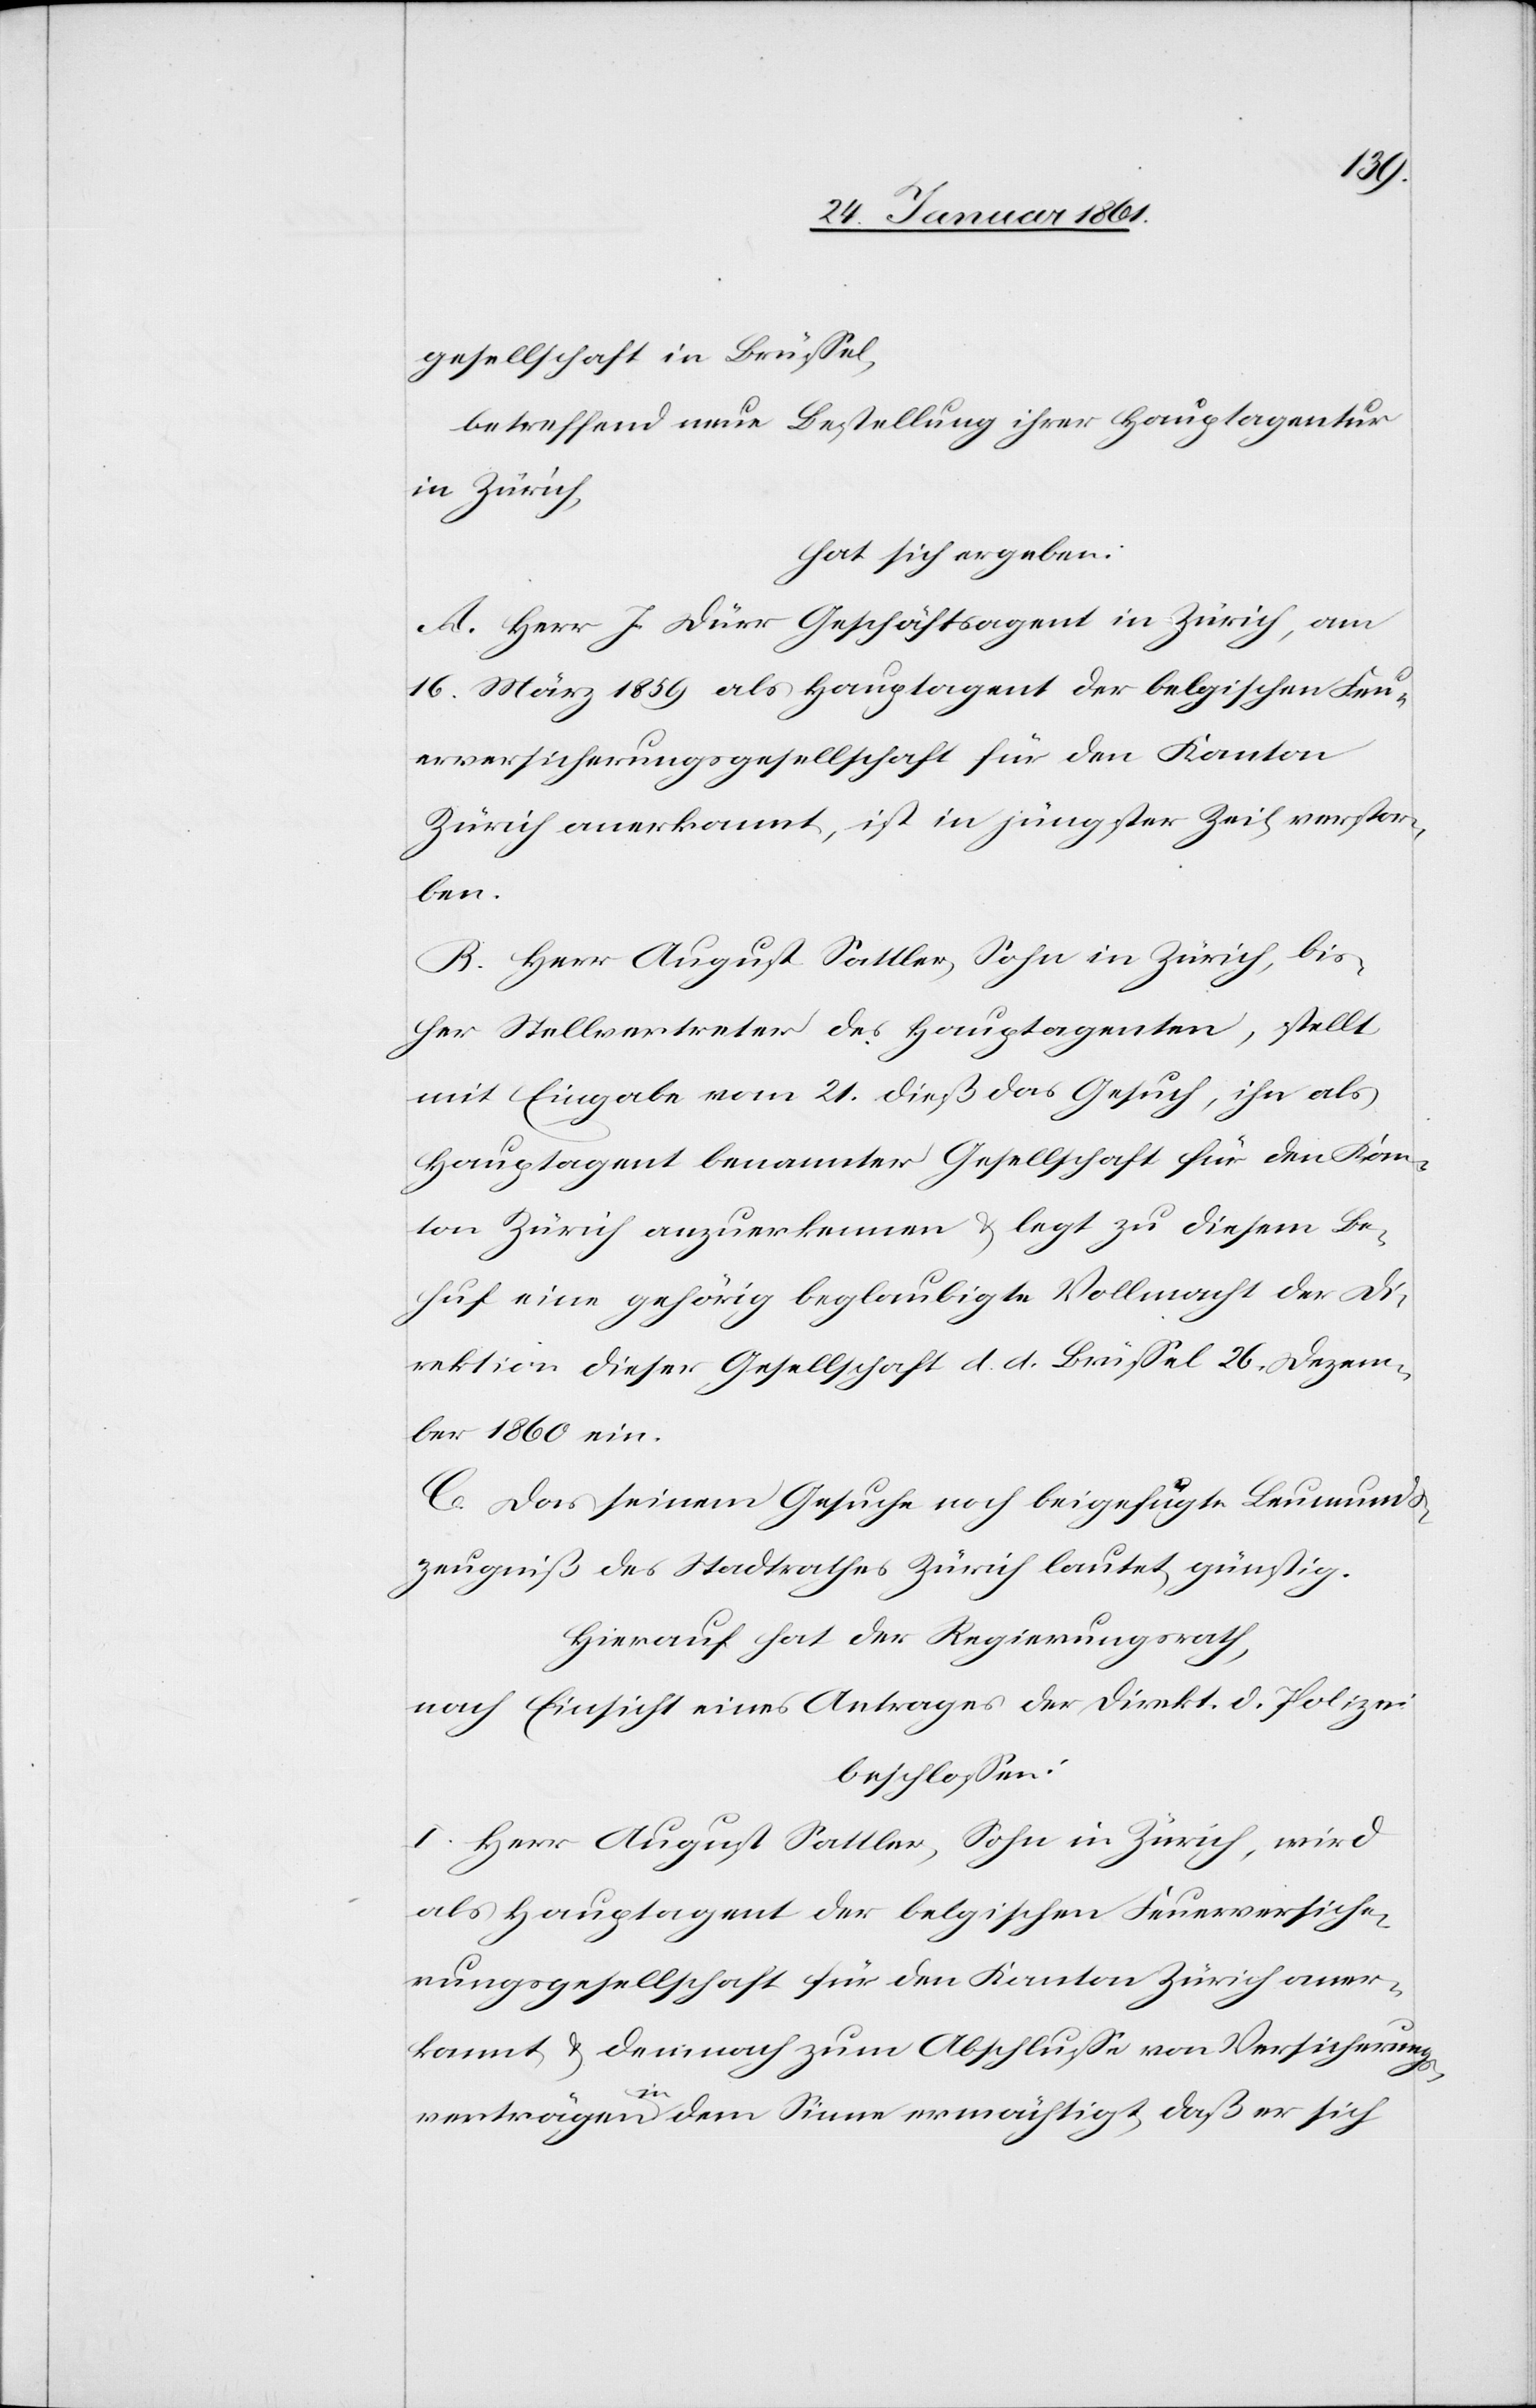
gesellschaft in Brüssel,
betreffend neue Bestellung ihrer Hauptagentur
in Zürich,
hat sich ergeben:
A. Herr J. Dürr Geschäftsagent in Zürich, am
16. März 1859 als Hauptagent der belgischen Feu¬
erversicherungsgesellschaft für den Kanton
Zürich anerkannt, ist in jüngster Zeit verstor¬
ben.
B. Herr August Sattler, Sohn in Zürich, bis¬
her Stellvertreter des Hauptagenten, stellt
mit Eingabe vom 21. dieß das Gesuch, ihn als
Hauptagent benannter Gesellschaft für den Kan¬
ton Zürich anzuerkennen u. legt zu diesem Be¬
huf eine gehörig beglaubigte Vollmacht der Di¬
rektion dieser Gesellschaft d. d. Brüssel 26. Dezem¬
ber 1860 ein.
C. Das seinem Gesuche noch beigefügte Leumunds¬
zeugniß des Stadtrathes Zürich lautet günstig.
Hierauf hat der Regierungsrath,
nach Einsicht eines Antrages der Direkt. d. Polizei
beschlossen:
I. Herr August Sattler, Sohn in Zürich, wird
als Hauptagent der belgischen Feuerversiche¬
rungsgesellschaft für den Kanton Zürich aner¬
kannt u. demnach zum Abschlusse von Versicherungs¬
verträgen in dem Sinne ermächtigt, daß er sich